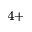
^ { 4 + }